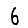
Digit: 6